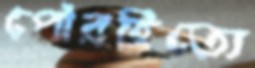
পৌরহিত্যে